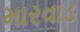
મારવાડ